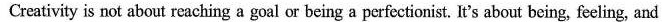
Creativity is not about reaching a goal or being a perfectionist. It's about being, feeling,